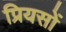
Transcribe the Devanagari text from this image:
प्रियसों